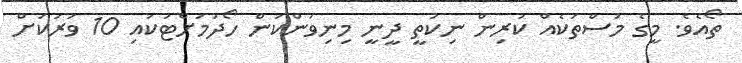
ތޯއެވެ. މީގެ މަސްތަކެއް ކުރިން ނިކުތީ ދީނީ މިނިވަންކަން ހޯދުމަށްޓަކައި 10 ވަރަކަށް